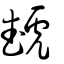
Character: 虣